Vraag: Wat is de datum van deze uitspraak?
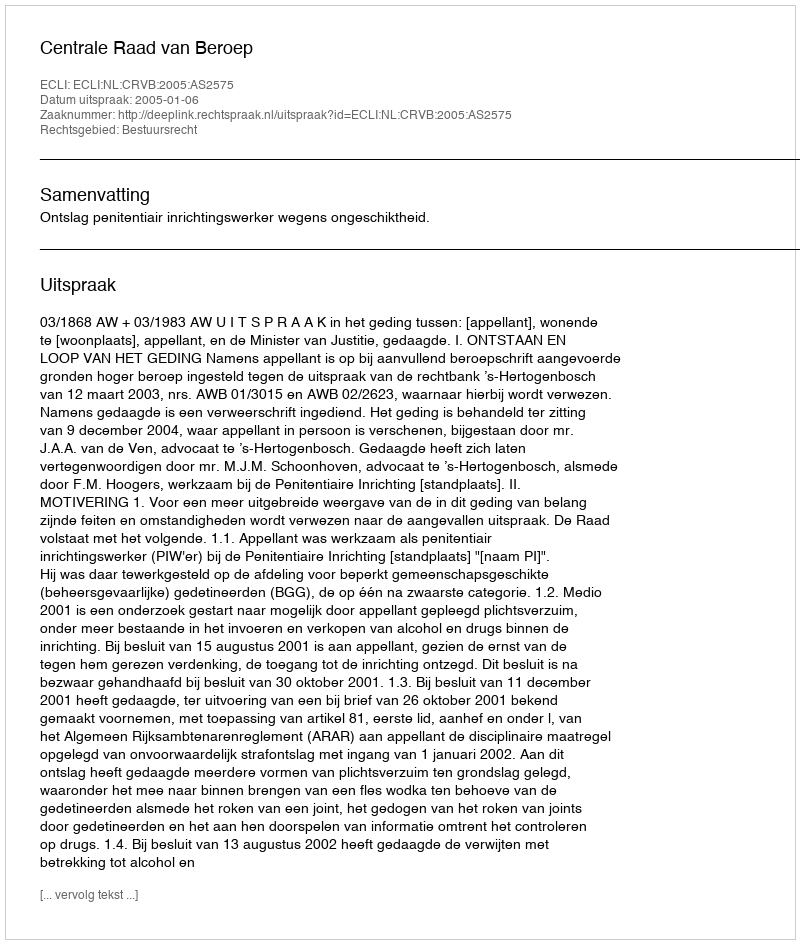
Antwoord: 2005-01-06